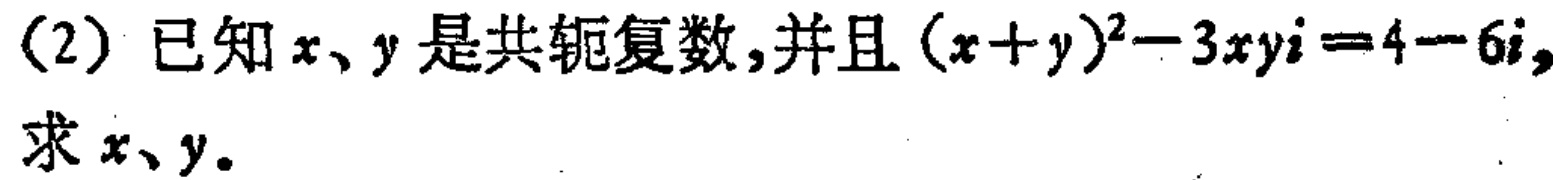
(2) 已知 \(x、y\) 是共轭复数，并且 \((x + y)^{2}-3xyi = 4 - 6i\)，求 \(x、y\)。